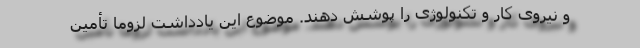
و نیروی کار و تکنولوژی را پوشش دهند. موضوع این یادداشت لزوماً تأمین